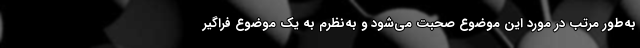
به‌طور مرتب در مورد اين موضوع صحبت مي‌شود و به‌نظرم به يک موضوع فراگير